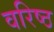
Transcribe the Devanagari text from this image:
वरिष्‍ठ